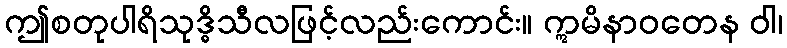
ဤစတုပါရိသုဒ္ဓိသီလဖြင့်လည်းကောင်း။ ဣမိနာဝတေန ဝါ၊